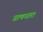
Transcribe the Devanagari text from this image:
प्राणधारा